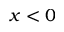
x < 0